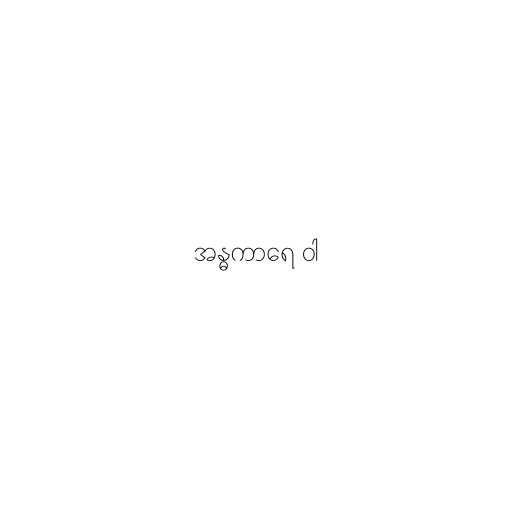
အန္ဓကာရေ ဝါ